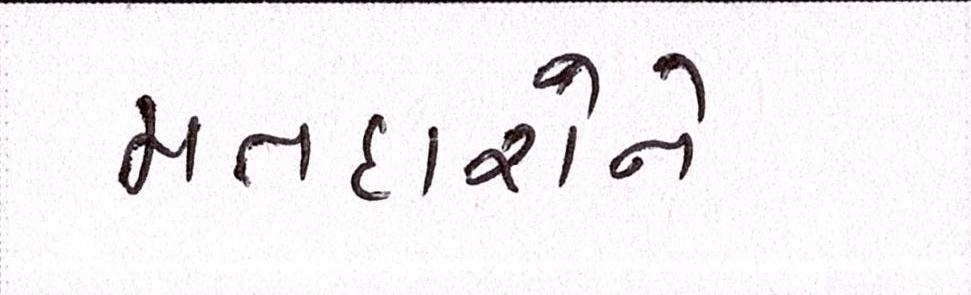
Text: મતદારોને